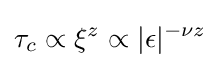
\tau _{c}\propto \xi ^{z}\propto |\epsilon |^{-\nu z}